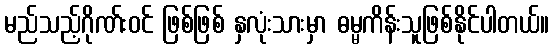
မည်သည့်ဂိုဏ်းဝင် ဖြစ်ဖြစ် နှလုံးသားမှာ ဓမ္မကိန်းသူဖြစ်နိုင်ပါတယ်။